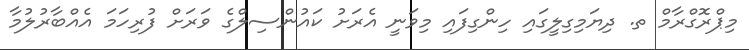
މިޕްރޮގްރާމް ތ. ދިޔަމިގިލީގައި ހިންގިފައި މިވަނީ އެރަށު ކައުންސިލްގެ ވަރަށް ފުރިހަމަ އެއްބާރުލުމާ